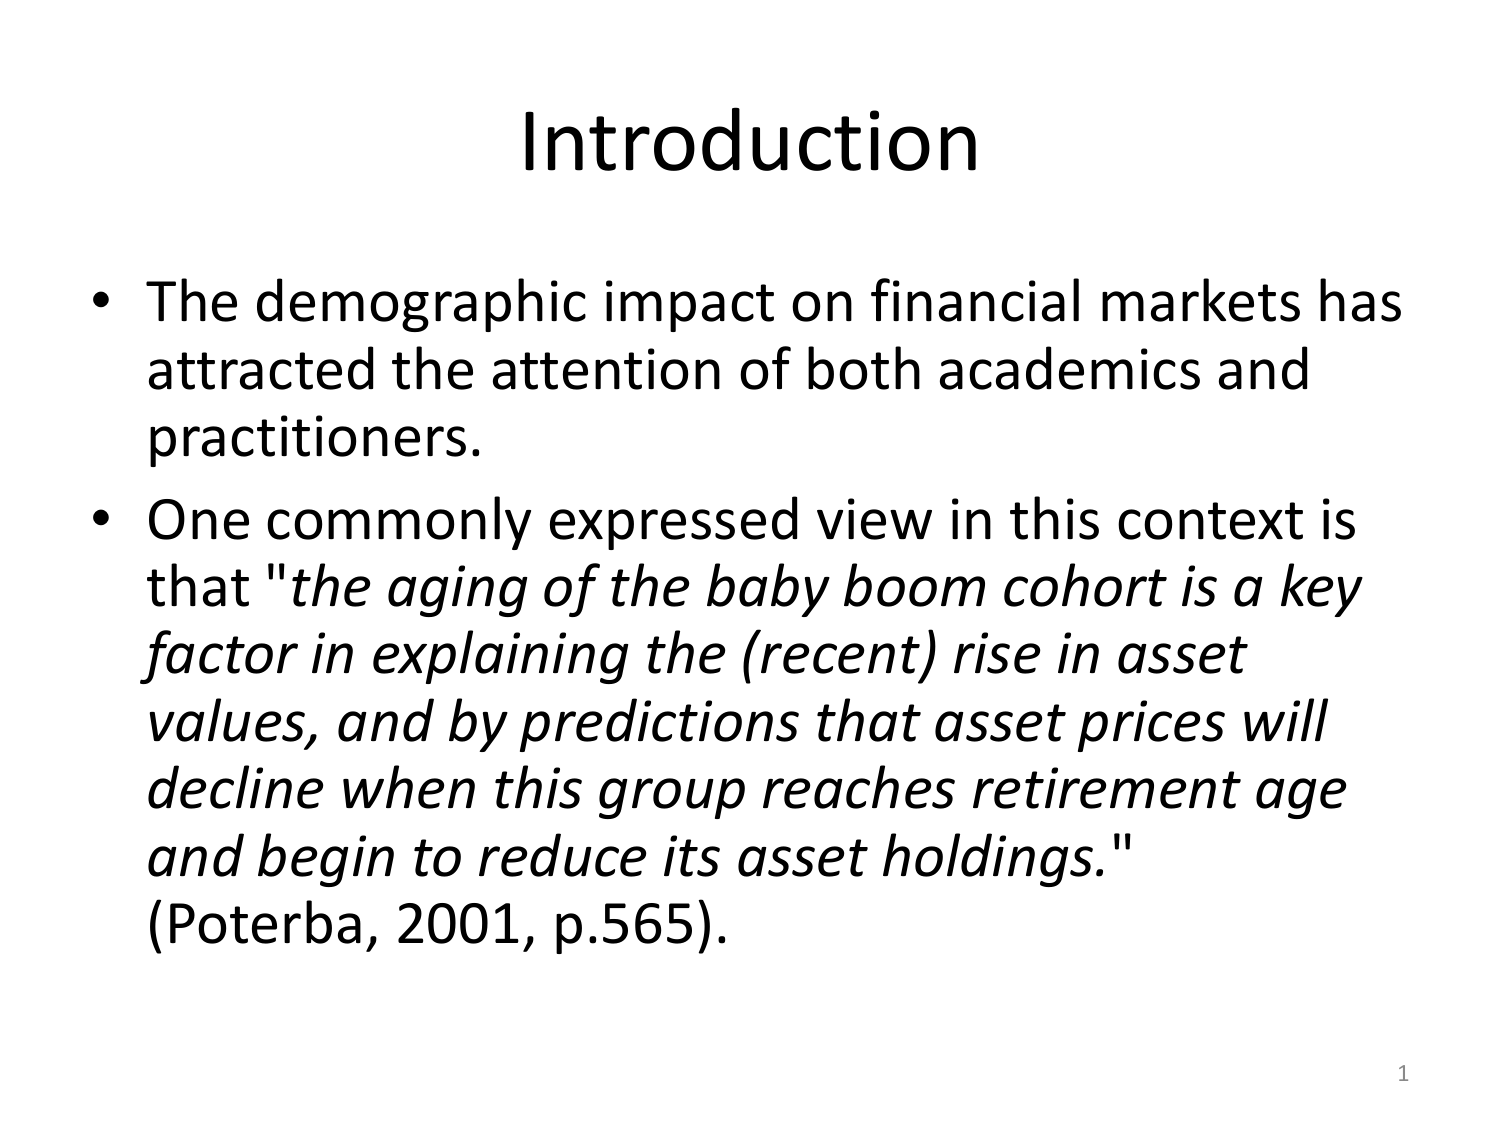
Introduction

• The demographic impact on financial markets has attracted the attention of both academics and practitioners.

• One commonly expressed view in this context is that "the aging of the baby boom cohort is a key factor in explaining the (recent) rise in asset values, and by predictions that asset prices will decline when this group reaches retirement age and begin to reduce its asset holdings." (Poterba, 2001, p.565).

1